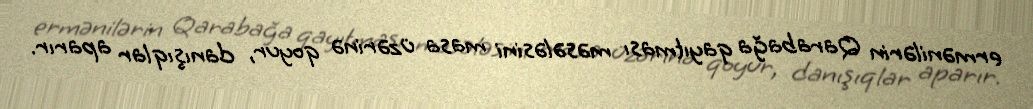
ermənilərin Qarabağa qayıtması məsələsini masa üzərinə qoyur, danışıqlar aparır.